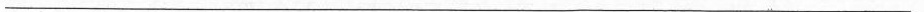
___